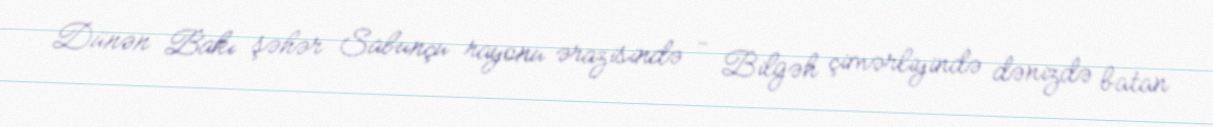
Dünən Bakı şəhər Sabunçu rayonu ərazisində - Bilgəh çimərliyində dənizdə batan